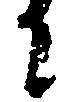
に